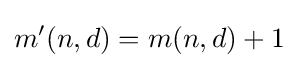
m'(n,d)=m(n,d)+1